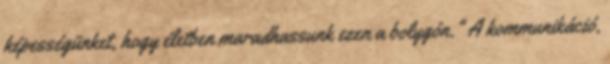
képességünket, hogy életben maradhassunk ezen a bolygón." A kommunikáció,